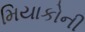
મિયાકોની